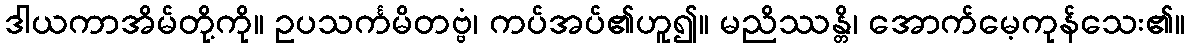
ဒါယကာအိမ်တို့ကို။ ဥပသင်္ကမိတဗ္ဗံ၊ ကပ်အပ်၏ဟူ၍။ မညိဿန္တိ၊ အောက်မေ့ကုန်သေး၏။